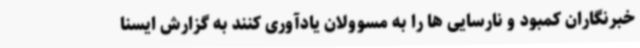
خبرنگاران کمبود و نارسایی ها را به مسوولان یادآوری کنند به گزارش ایسنا